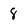
Character: 8